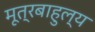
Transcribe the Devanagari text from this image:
मूत्रबाहुल्य